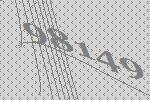
98149